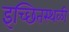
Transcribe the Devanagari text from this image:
इच्छितस्थळी